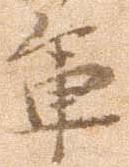
軍